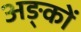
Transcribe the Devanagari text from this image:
अङ्कों